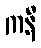
ကနီ